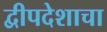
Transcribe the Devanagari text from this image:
द्वीपदेशाचा